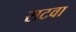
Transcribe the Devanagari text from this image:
सटवा